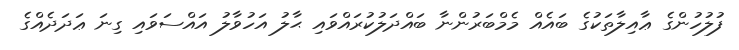
ފުލުހުންގެ ޢާއިލާތަކުގެ ބައެއް މެމްބަރުންނާ ބައްދަލުކުރައްވައި ޙާލު އަހުވާލު އައްސަވައި ގިނަ ޢަދަދެއްގެ